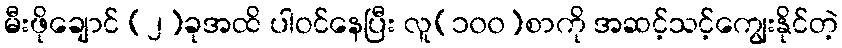
မီးဖိုချောင် (၂)ခုအထိ ပါဝင်နေပြီး လူ(၁၀၀)စာကို အဆင့်သင့်ကျွေးနိုင်တဲ့